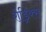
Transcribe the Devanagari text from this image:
रोड्रिक्स